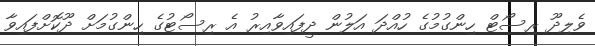
ވެލިދޫ ރިސޯޓް ހިންގުމުގެ ހުއްދަ އަލުން ދީފައިވާއިރު އެ ރިސޯޓުގެ ހިންގުމަށް ދޫކޮށްފައިވާ